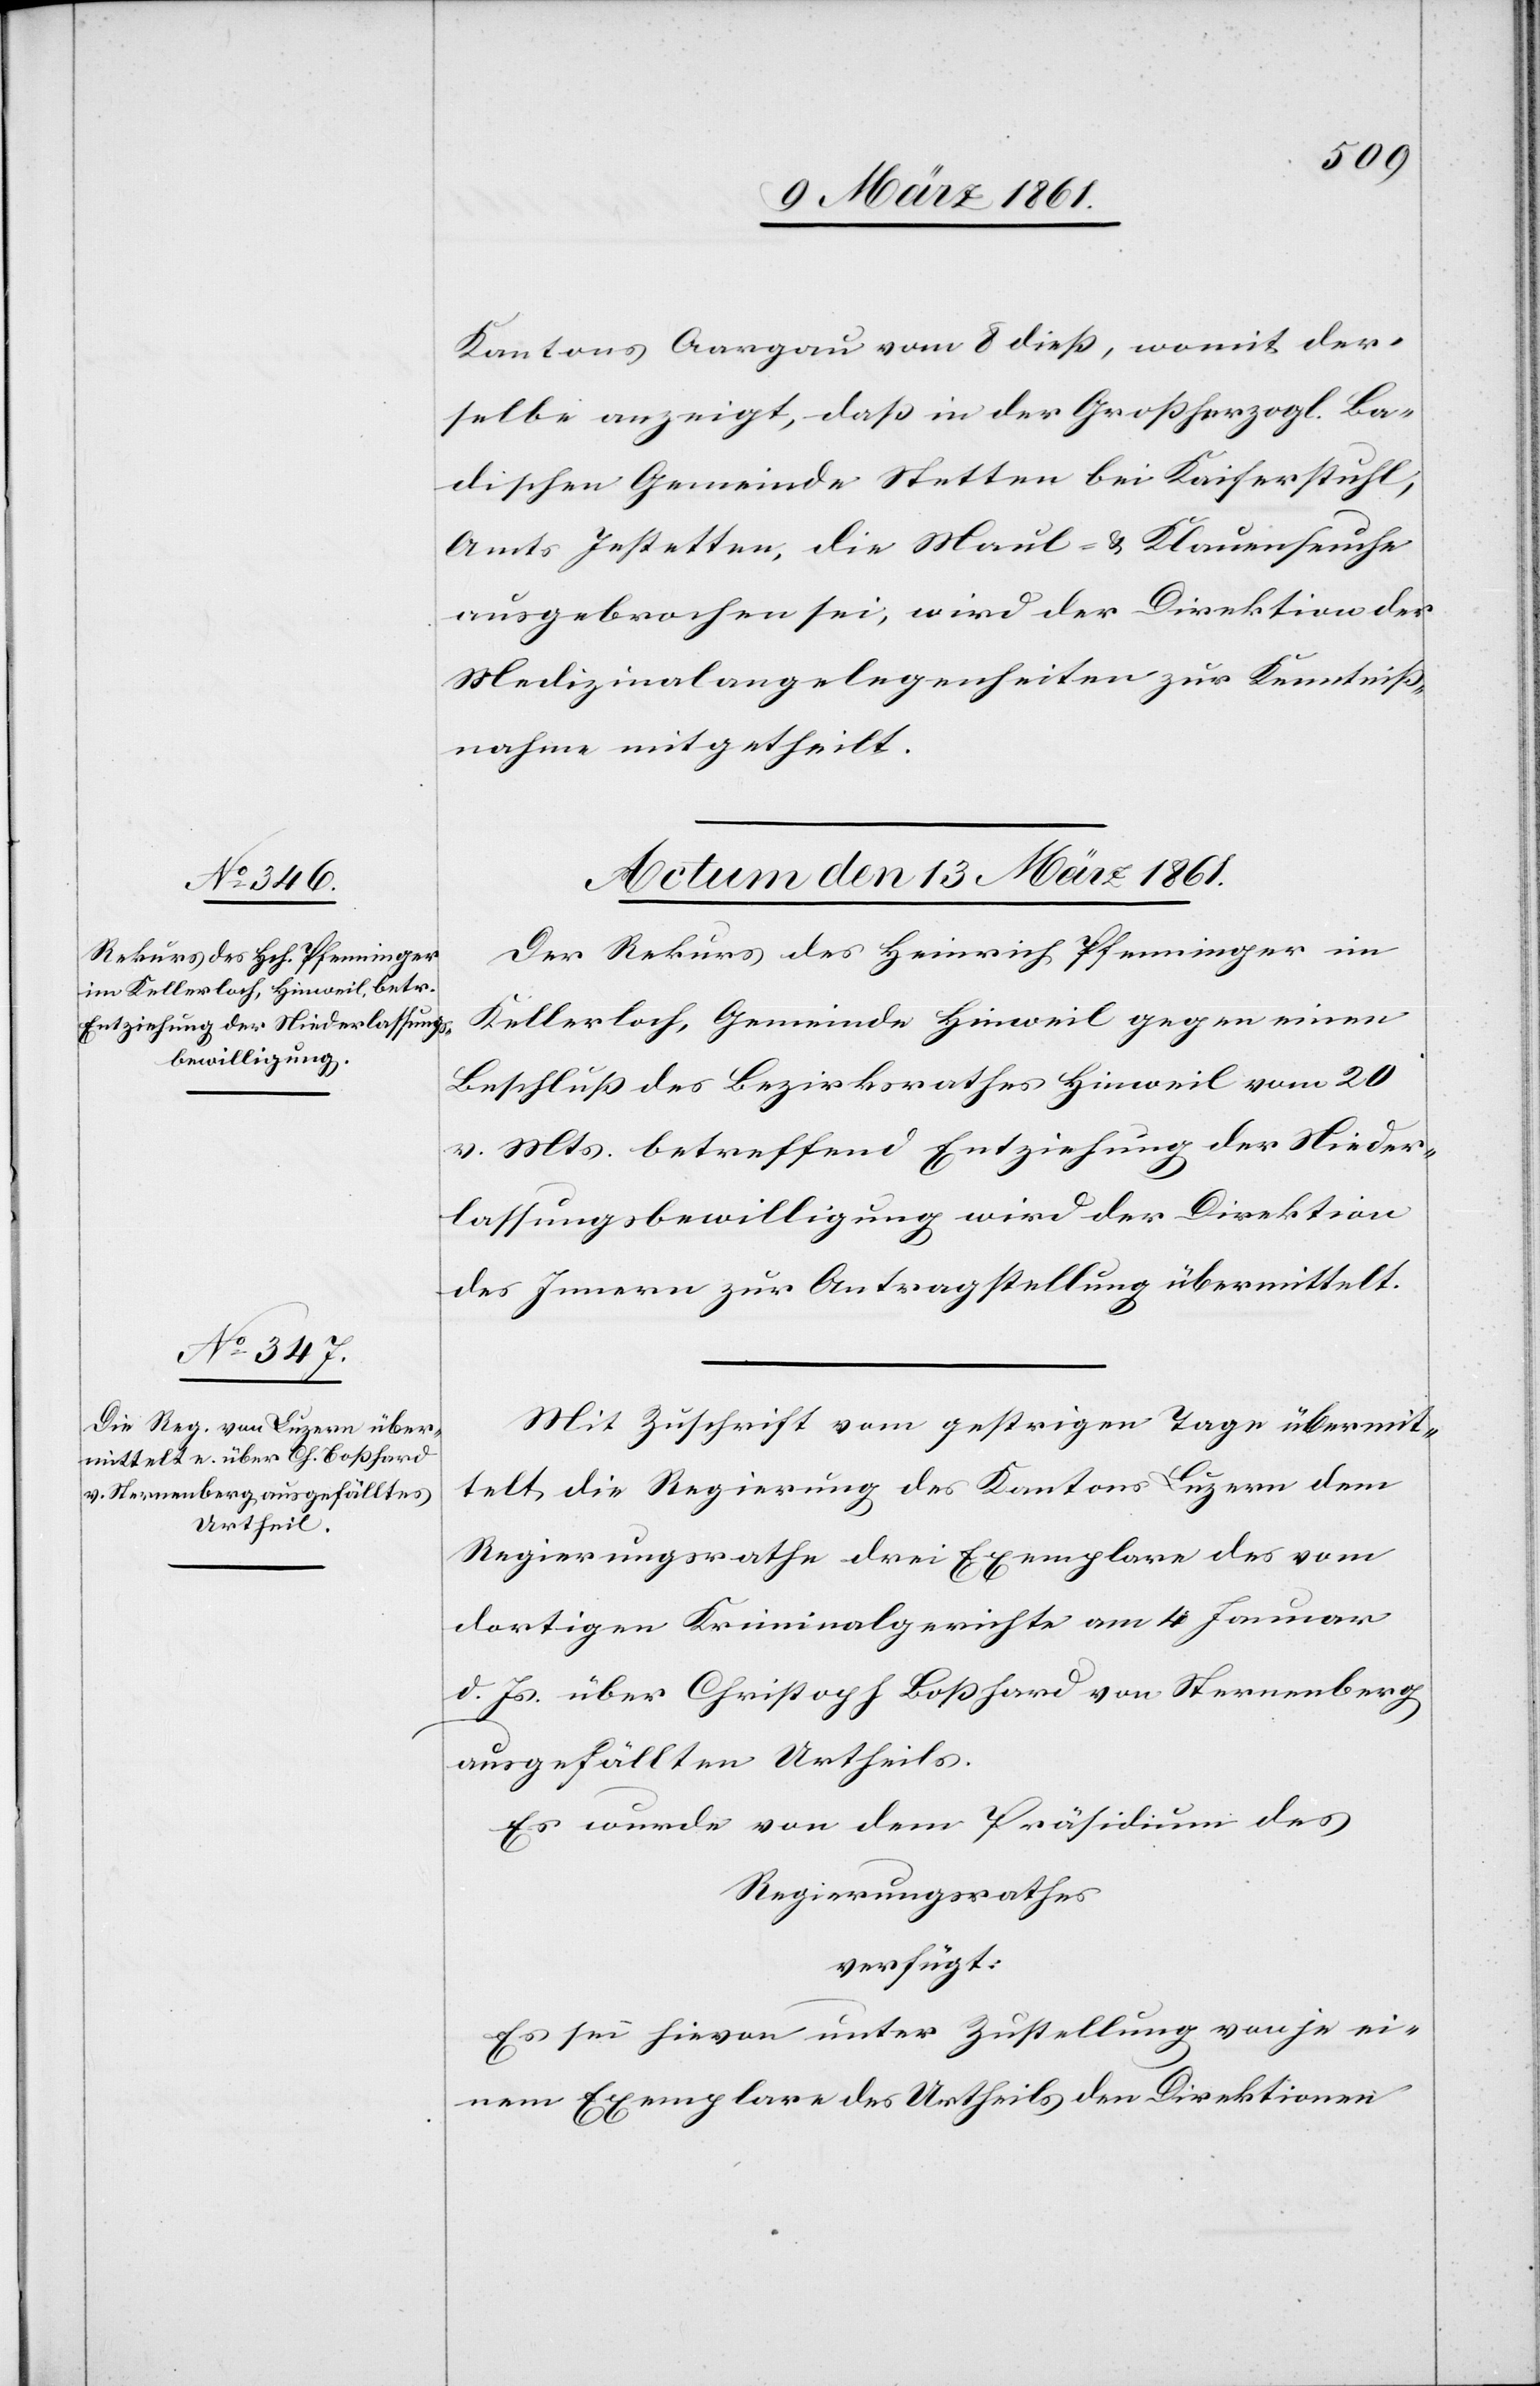
Kantons Aargau vom 8. dieß, womit der¬
selbe anzeigt, daß in der Grossherzogl. Ba¬
dischen Gemeinde Stetten bei Kaiserstuhl,
Amts Jestetten, die Maul- u. Klauenseuche
ausgebrochen sei, wird der Direktion der
Medizinalangelegenheiten zur Kenntniß¬
nahme mitgetheilt.
Actum den 13. März 1861.]
Der Rekurs des Heinrich Pfenninger im
Kellerloch, Gemeinde Hinweil gegen einen
Beschluß des Bezirksrathes Hinweil vom 20.
v. Mts. betreffend Entziehung der Nieder¬
lassungsbewilligung wird der Direktion
des Innern zur Antragstellung übermittelt.
Mit Zuschrift vom gestrigen Tage übermit¬
telt die Regierung des Kantons Luzern dem
Regierungsrathe drei Exemplare des vom
dortigen Kriminalgerichte am 4. Januar
d. Js. über Christoph Boßhard von Sternenberg
ausgefällten Urtheils.
Es wurde von dem Präsidium des
Regierungsrath
verfügt:
Es sei hievon unter Zustellung von je ei¬
nem Exemplare des Urtheils den Direktionen